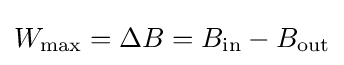
W_{\text{max}}=\Delta B=B_{\text{in}}-B_{\text{out}}